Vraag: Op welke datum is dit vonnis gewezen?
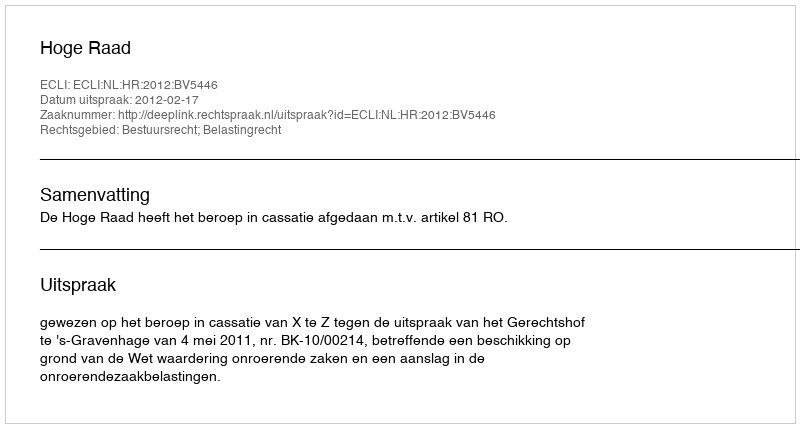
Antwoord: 2012-02-17